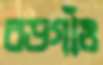
বড়গাঁও